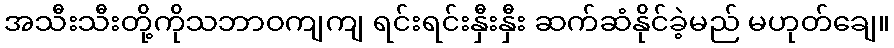
အသီးသီးတို့ကိုသဘာဝကျကျ ရင်းရင်းနှီးနှီး ဆက်ဆံနိုင်ခဲ့မည် မဟုတ်ချေ။